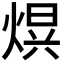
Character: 𭵒